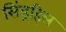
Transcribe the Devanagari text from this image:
सिंड्रहिल